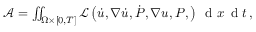
\begin{array} { r } { \mathcal { A } = \iint _ { \Omega \times \left[ 0 , T \right] } \mathcal { L } \left( \dot { u } , \nabla \dot { u } , \dot { P } , \nabla u , P , \right) \, \mathrm { ~ d ~ } x \, \mathrm { ~ d ~ } t \, , } \end{array}